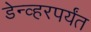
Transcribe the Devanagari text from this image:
डेन्व्हरपर्यंत